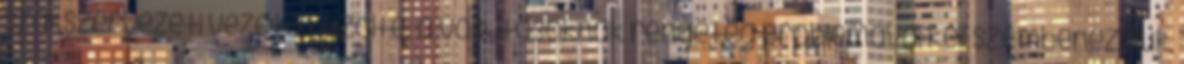
szakszervezeti vezető közölte: a vasutasoknak rengeteg problémával kell szembenézniük,